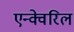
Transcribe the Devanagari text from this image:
एन्क्वेरिल